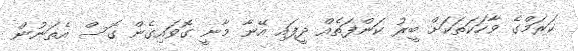
ކަރަމްގެ ވާހަކަތަކަށް ބީރު ކަންފަތެއް ދީފައި އޭނާ މާނީ ގޮވައިގެން ގޮސް އެތަނުން